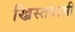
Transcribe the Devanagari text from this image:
ख्रिस्तवासी